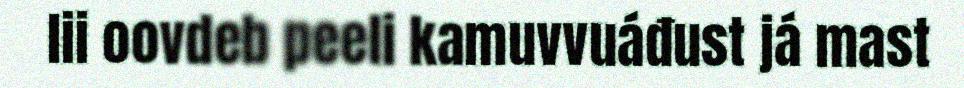
lii oovdeb peeli kamuvvuáđust já mast